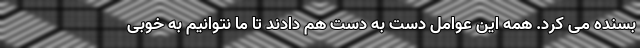
بسنده می کرد. همه این عوامل دست به دست هم دادند تا ما نتوانیم به خوبی